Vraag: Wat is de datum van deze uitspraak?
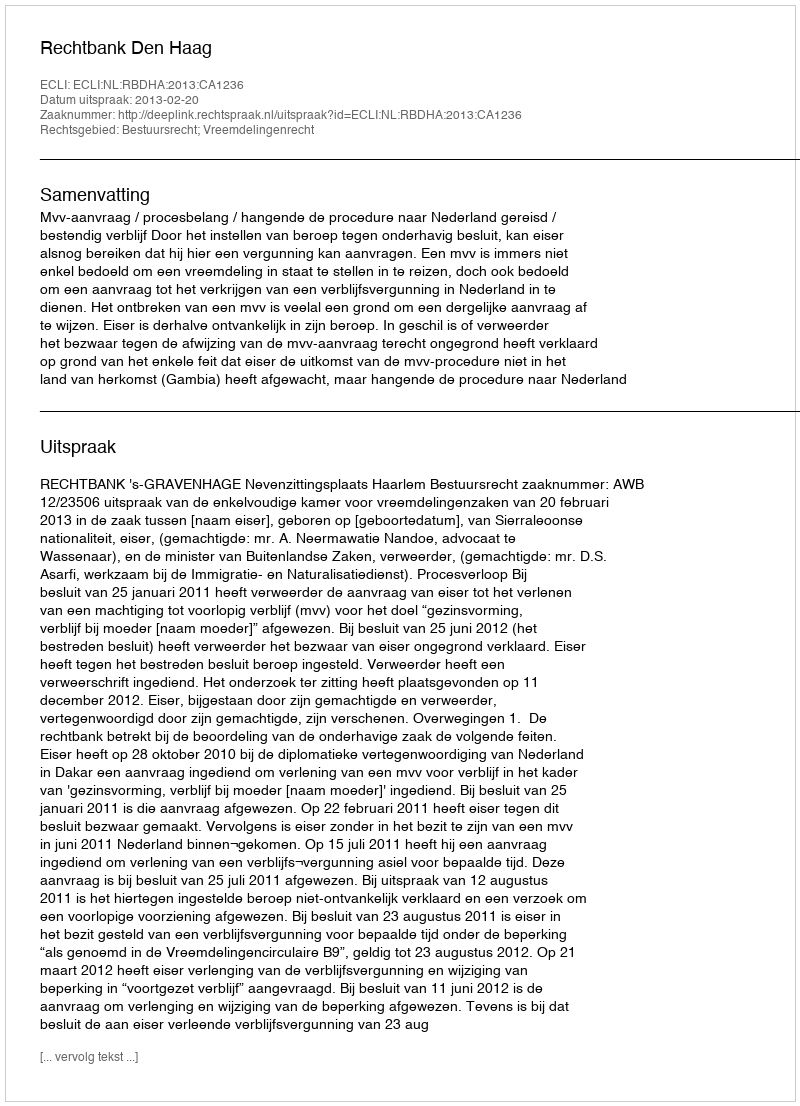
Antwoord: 2013-02-20